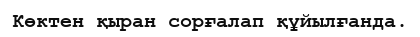
Көктен қыран сорғалап құйылғанда.